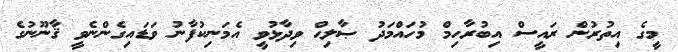
މީގެ އިތުރުން ރައީސް އިބުރާހިމް މުހައްމަދު ޞާލިޙް ވިދާޅުވީ އެމަނިކުފާނު ވަޑައިގެންނެވީ ޤާނޫނުގެ